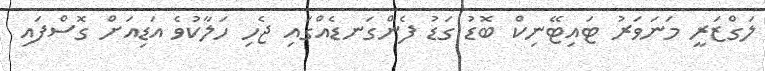
ލަގްޒަރީ މަނަވަރު ޓައިޓޭނިކް ބޮޑު ގަޑު ފެންގަނޑެއްގައި ޖެހި ހަލާކުވެ އަޑިއަށް ގޮސްފައި